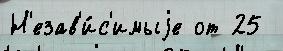
Н'езав'и́с'имыjе от 25